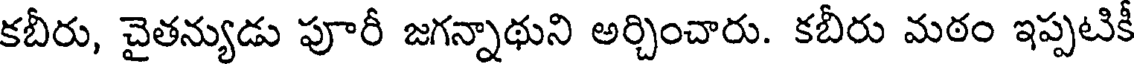
కబీరు, చైతన్యుడు పూరీ జగన్నాథుని అర్చించారు. కబీరు మఠం ఇప్పటికీ